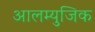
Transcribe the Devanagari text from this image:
आलम्युजिक